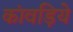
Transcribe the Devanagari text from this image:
कांवड़िये